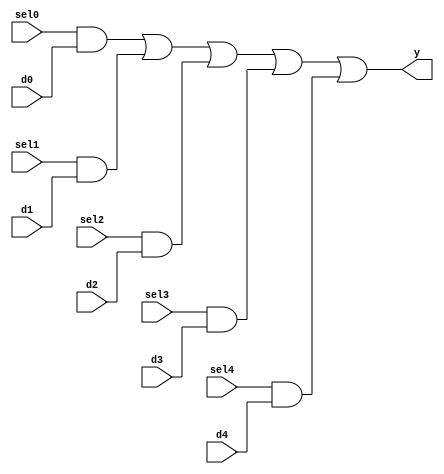
module mvp_mux1hot_5(
	y,
	sel0,
	d0,
	sel1,
	d1,
	sel2,
	d2,
	sel3,
	d3,
	sel4,
	d4
);
// synopsys template
parameter WIDTH = 1;

output [WIDTH-1:0]	y;

input			sel0;
input			sel1;
input			sel2;
input			sel3;
input			sel4;
input  [WIDTH-1:0]	d0;
input  [WIDTH-1:0]	d1;
input  [WIDTH-1:0]	d2;
input  [WIDTH-1:0]	d3;
input  [WIDTH-1:0]	d4;


 assign y = 
	{WIDTH{sel0}} & d0 |
	{WIDTH{sel1}} & d1 |
	{WIDTH{sel2}} & d2 |
	{WIDTH{sel3}} & d3 |
	{WIDTH{sel4}} & d4 ;


endmodule